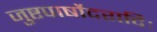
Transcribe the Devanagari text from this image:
जुष्टपार्षोदरादिः